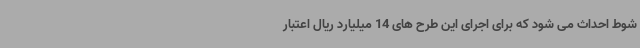
شوط احداث می شود که برای اجرای این طرح های 14 میلیارد ریال اعتبار